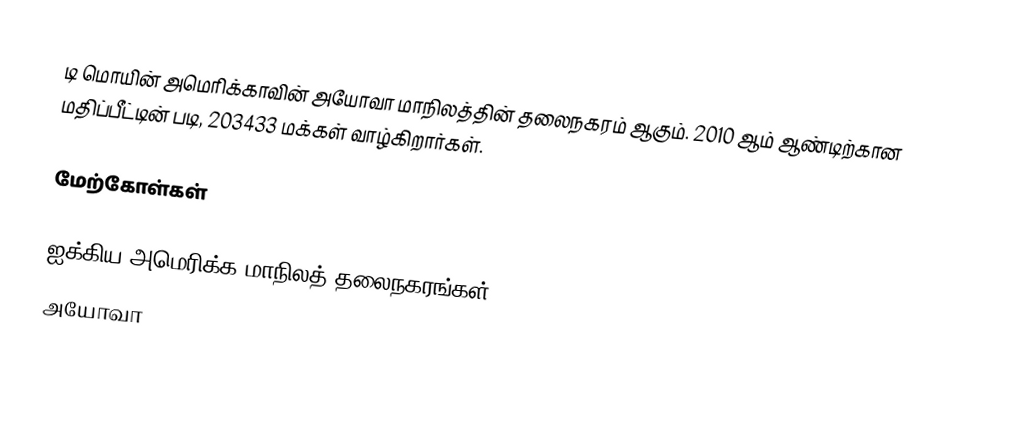
டி மொயின் அமெரிக்காவின் அயோவா மாநிலத்தின் தலைநகரம் ஆகும். 2010 ஆம் ஆண்டிற்கான மதிப்பீட்டின் படி, 203433 மக்கள் வாழ்கிறார்கள்.

மேற்கோள்கள்

ஐக்கிய அமெரிக்க மாநிலத் தலைநகரங்கள்
அயோவா